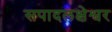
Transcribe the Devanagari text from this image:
सपादलक्षेश्वर